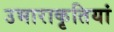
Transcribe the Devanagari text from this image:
उभाराकृतियां